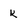
Character: k